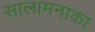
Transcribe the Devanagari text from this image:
सालामनाका